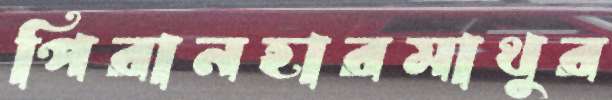
পিরানহারমাথুর